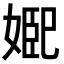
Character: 𭒆